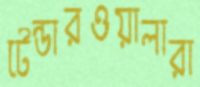
টেন্ডারওয়ালারা